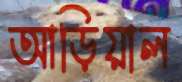
আড়িয়াল